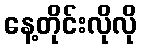
နေ့တိုင်းလိုလို